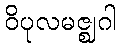
ဝိပုလမဇ္ဈဂါ